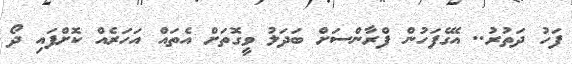
ފަހު ދަތުރު.. އޭގެފަހުން ފްރާންސަށް ބަދަލު ވީގޮތަށް އެތައް އަހަރެއް ކޮށްފައި ދޯ